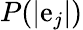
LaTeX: P(|\mathrm{e}_{j}|)